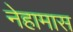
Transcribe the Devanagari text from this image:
नेहामास